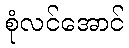
စုံလင်အောင်